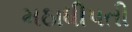
મઠાધીપતી